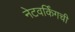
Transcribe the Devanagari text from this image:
नेटवर्किंगची